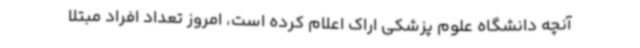
آنچه دانشگاه علوم پزشکی اراک اعلام کرده است، امروز تعداد افراد مبتلا